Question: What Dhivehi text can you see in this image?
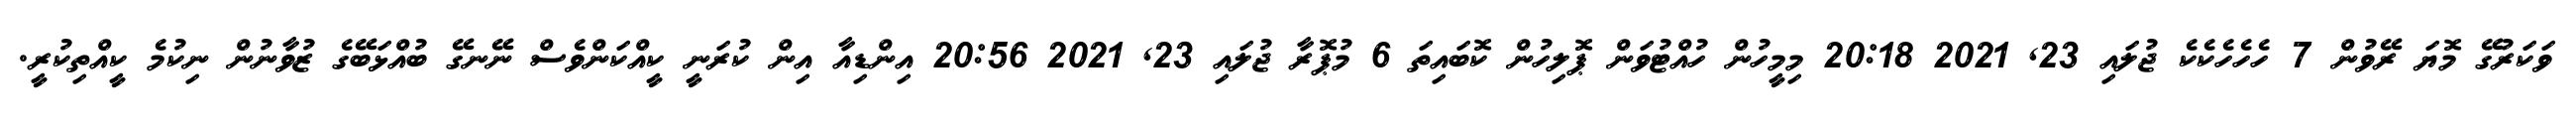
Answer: ވަކަރުގޭ މޮޔަ ރޭވުން 7 ހެހެހެކެކެ ޖުލައި 23, 2021 20:18 މިމީހުން ހުއްޓުވަން ޕޮލިހުން ކޮބައިތަ 6 މުޕޮރާ ޖުލައި 23, 2021 20:56 އިންޑިއާ އިން ކުރަނީ ކީއްކަންވެސް ނޭނގޭ ބުއްޅަބޭގެ ޒުވާނުން ނިކުމެ ކީއްތިކުރީ.